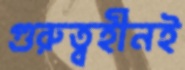
গুরুত্বহীনই